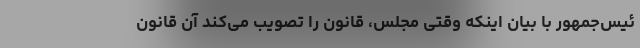
ئیس‌جمهور با بیان اینکه وقتی مجلس، قانون را تصویب می‌کند آن قانون